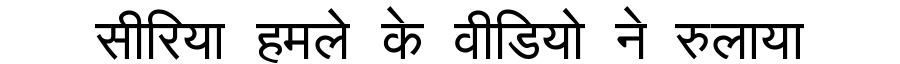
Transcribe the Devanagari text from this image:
सीरिया हमले के वीडियो ने रुलाया